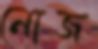
নোজ